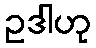
ဥဒါဟု